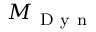
M _ { \mathrm { ~ D ~ y ~ n ~ } }